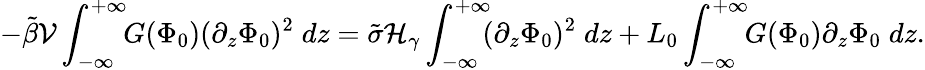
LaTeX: -\tilde{\beta}{\cal{V}}\int_{-\infty}^{+\infty}\! \! G(\Phi_{0})(\partial_{z}\Phi_{0})^{2}\; dz=\tilde{\sigma}{\cal{H}}_{\gamma}\int_{-\infty}^{+\infty}\! \! (\partial_{z}\Phi_{0})^{2}\; dz+L_{0}\int_{-\infty}^{+\infty}\! \! G(\Phi_{0})\partial_{z}\Phi_{0}\; dz.